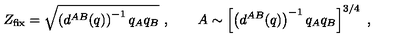
Z _ { \mathrm { f i x } } = \sqrt { \left( d ^ { A B } ( q ) \right) ^ { - 1 } q _ { A } q _ { B } } \ , \qquad A \sim \left[ \left( d ^ { A B } ( q ) \right) ^ { - 1 } q _ { A } q _ { B } \right] ^ { 3 / 4 } \ ,